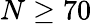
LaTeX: N\ge 70